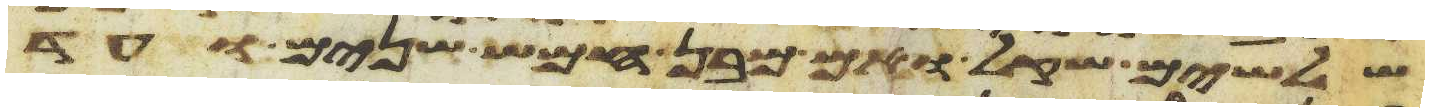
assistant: שלשים שקל ואם מבן חמש שנים ועד